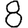
Digit: 8